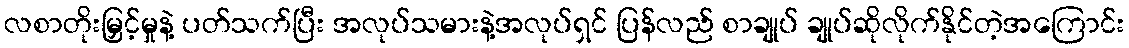
လစာတိုးမြှင့်မှုနဲ့ ပတ်သက်ပြီး အလုပ်သမားနဲ့အလုပ်ရှင် ပြန်လည် စာချုပ် ချုပ်ဆိုလိုက်နိုင်တဲ့အကြောင်း